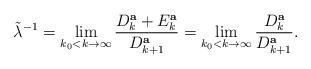
LaTeX: \begin{align*}\tilde\lambda^{-1}=\lim_{k_0<k\to\infty}\frac{D^{\bf a}_k+E^{\bf a}_k}{D^{\bf a}_{k+1}}=\lim_{k_0<k\to\infty}\frac{D^{\bf a}_k}{D^{\bf a}_{k+1}}.\end{align*}